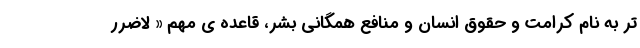
تر به نام کرامت و حقوق انسان و منافع همگانی بشر، قاعده ی مهم « لاضرر